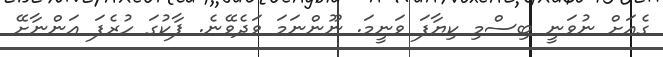
ގެއަށް ނުވަނީ ބިސްމި ކިޔާފަ ވަނީމަ. ނޫންނަމަ ވަދެވޭނެ. ޕާކުގަ ހުރެފަ އަންނާށޭ